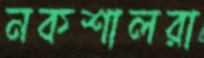
নকশালরা